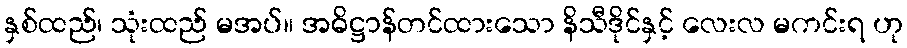
နှစ်ထည်၊ သုံးထည် မအပ်။ အဓိဋ္ဌာန်တင်ထားသော နိသီဒိုင်နှင့် လေးလ မကင်းရ ဟု